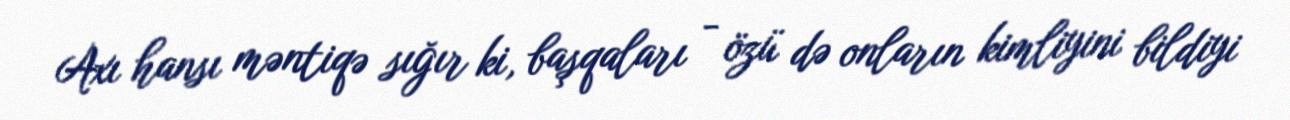
Axı hansı məntiqə sığır ki, başqaları - özü də onların kimliyini bildiyi